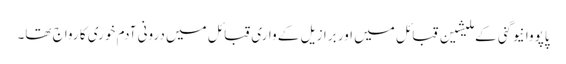
پاپووا نیو گنی کے ملیشین قبائل میں اور برازیل کے واری قبائل میں درونی آدم خوری کا رواج تھا۔